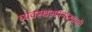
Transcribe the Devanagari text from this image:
व्यवस्थअपनाखाली